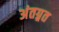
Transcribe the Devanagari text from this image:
अंतग्र्रत